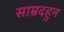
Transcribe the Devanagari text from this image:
साम्रदहुन